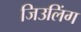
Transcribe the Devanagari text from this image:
जिउलिंग